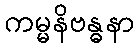
ကမ္မနိဗန္ဓနာ